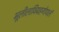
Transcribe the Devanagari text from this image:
भूलीलाविग्रहगोपालं